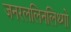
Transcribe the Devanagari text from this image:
जनरललिनलिथ्गो